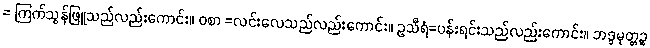
= ကြက်သွန်ဖြူသည်လည်းကောင်း။ ဝစာ =လင်းလေသည်လည်းကောင်း။ ဥသီရံ=ပန်းရင်းသည်လည်းကောင်း။ ဘဒ္ဒမုတ္တဉ္စ